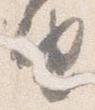
由